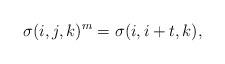
LaTeX: \begin{align*}\sigma(i,j,k)^m=\sigma(i,i+t,k),\end{align*}